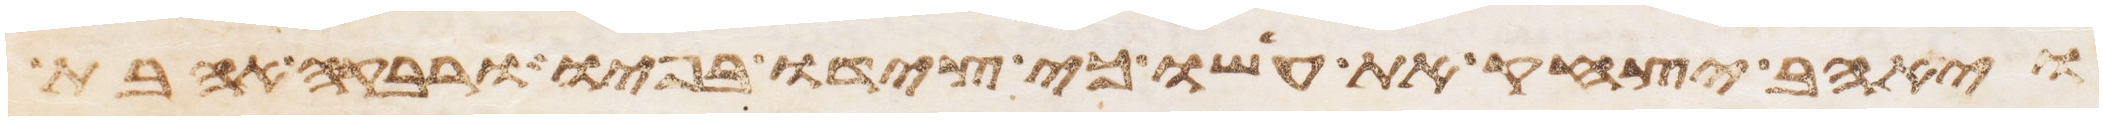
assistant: ויאהב יצחק את עשו כי צידו בפיו ורבקה אהבת